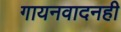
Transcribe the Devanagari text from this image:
गायनवादनही